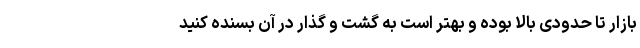
بازار تا حدودی بالا بوده و بهتر است به گشت و گذار در آن بسنده کنید